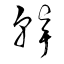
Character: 聾